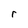
Character: r